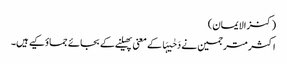
(کنزالایمان)
اکثر مترجمین نے دَحٰیہَا کے معنی پھیلنے کے بجائے جماؤکیے ہیں۔